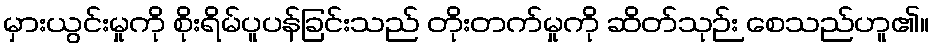
မှားယွင်းမှုကို စိုးရိမ်ပူပန်ခြင်းသည် တိုးတက်မှုကို ဆိတ်သုဉ်း စေသည်ဟူ၏။